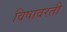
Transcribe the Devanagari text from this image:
विषावरती